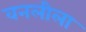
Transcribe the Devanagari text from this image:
वनलीला